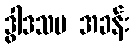
ဒွါဒသမ အခန်း